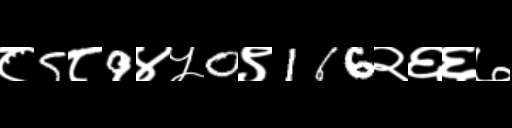
Text: ८5८9४५0९166२६६७